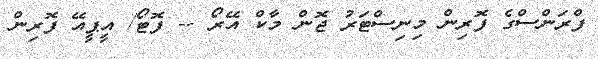
ފްރަންސްގެ ފޮރިން މިނިސްޓަރު ޖޮން މާކް އޭރޯ -- ފޮޓޯ/ އީޕީއޭ ފޮރިން